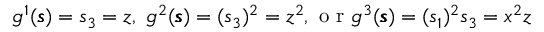
\begin{array} { r } { g ^ { 1 } ( \pmb { \mathscr { s } } ) = \mathscr { s } _ { 3 } = \mathscr { z } , \mathrm { ~ } g ^ { 2 } ( \pmb { \mathscr { s } } ) = ( \mathscr { s } _ { 3 } ) ^ { 2 } = \mathscr { z } ^ { 2 } , \mathrm { ~ o ~ r ~ } g ^ { 3 } ( \pmb { \mathscr { s } } ) = ( \mathscr { s } _ { 1 } ) ^ { 2 } \mathscr { s } _ { 3 } = \mathscr { x } ^ { 2 } \mathscr { z } } \end{array}